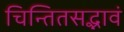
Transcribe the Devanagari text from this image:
चिन्तितसद्भावं